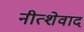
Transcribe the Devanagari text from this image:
नीत्शेवाद